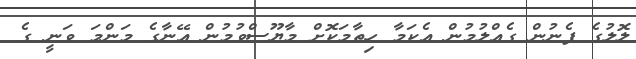
ލޮލުގެ ފެނުން ގެއްލުމުން އެކަމާ ހިތާމަކޮށް މާޔޫސްވުމުން އޭނާގެ މަންމަ ވަނީ ގެ